Source: Handwritten
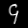
Digit: ၄ (4)